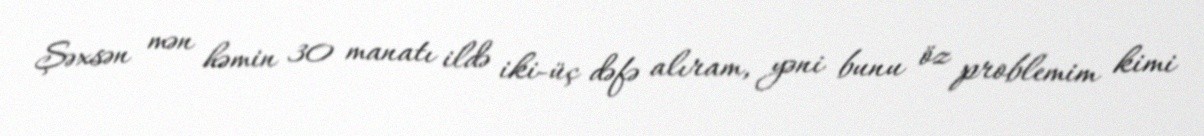
Şəxsən mən həmin 30 manatı ildə iki-üç dəfə alıram, yəni bunu öz problemim kimi